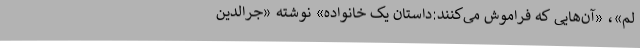
لم»، «آن‌هایی که فراموش می‌کنند:داستان یک خانواده» نوشته «جرالدین